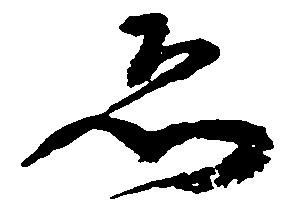
ゑ